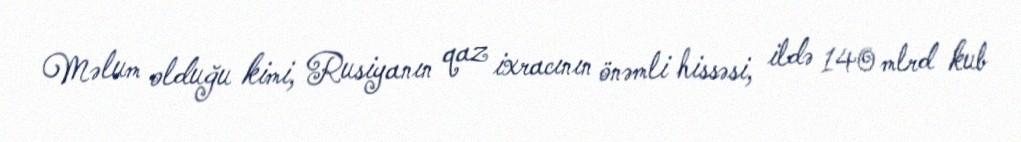
Məlum olduğu kimi, Rusiyanın qaz ixracının önəmli hissəsi, ildə 140 mlrd kub